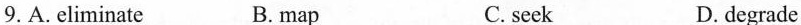
9. A. eliminate B. map C. seek D. degrade